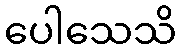
ပေါသေသိ